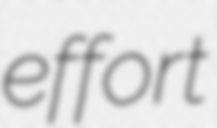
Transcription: effort